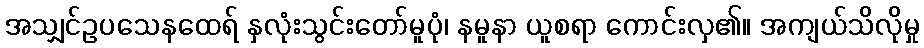
အသျှင်ဥပသေနထေရ် နှလုံးသွင်းတော်မူပုံ၊ နမူနာ ယူစရာ ကောင်းလှ၏။ အကျယ်သိလိုမှု